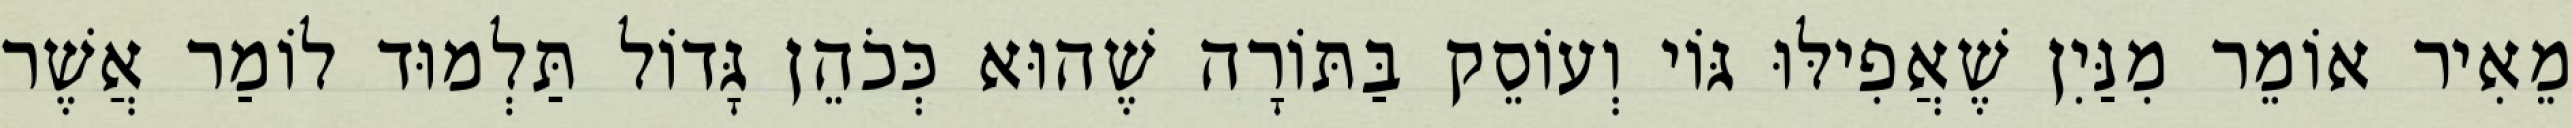
מֵאִיר אוֹמֵר מִנַּיִן שֶׁאֲפִילּוּ גּוֹי וְעוֹסֵק בַּתּוֹרָה שֶׁהוּא כְּכֹהֵן גָּדוֹל תַּלְמוּד לוֹמַר אֲשֶׁר